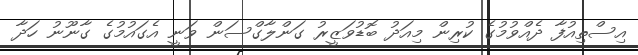
އިސްތިއުފާ ދެއްވުމުގެ ކުރިން މިއަދު ބޮޑުވަޒީރު ގަންލާގްސަން ވަނީ އެގައުމުގެ ގާނޫނު ހަދާ